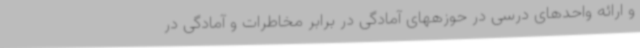
و ارائه واحدهای درسی در حوزههای آمادگی در برابر مخاطرات و آمادگی در